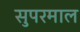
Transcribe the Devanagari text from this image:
सुपरमाल